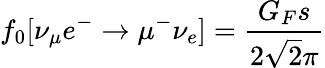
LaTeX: f_{0}[\nu_{\mu}e^{-}\rightarrow\mu^{-}\nu_{e}]=\frac{G_{F}s}{2\sqrt 2\pi}